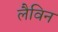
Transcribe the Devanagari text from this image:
लैविन